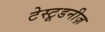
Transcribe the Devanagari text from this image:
टेस्टूडनीज़